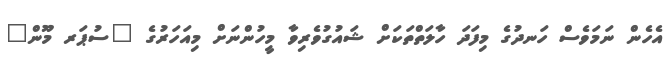
އެހެން ނަމަވެސް ހަނދުގެ މިފަދަ ހާލަތްތަކަށް ޝައުގުވެރިވާ މީހުންނަށް މިއަހަރުގެ "ސުޕަރ މޫން"